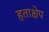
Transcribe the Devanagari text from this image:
हताक्षेप